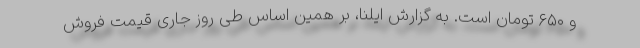
و ۶۵۰ تومان است. به گزارش ایلنا، بر همین‌ اساس طی روز جاری قیمت فروش